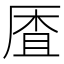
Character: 𱑟